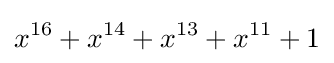
x^{16}+x^{14}+x^{13}+x^{11}+1